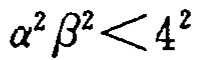
\(\alpha^{2} \beta^{2}<4^{2}\)